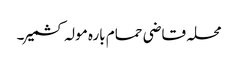
محلہ قاضی حمام بارہ مولہ کشمیر۔